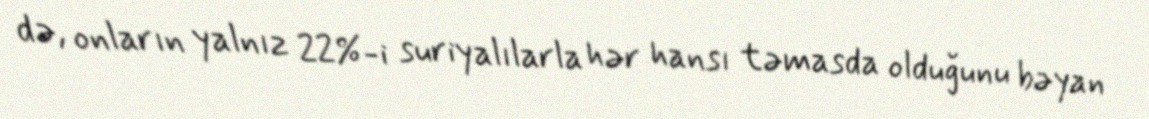
də, onların yalnız 22%-i suriyalılarla hər hansı təmasda olduğunu bəyan